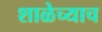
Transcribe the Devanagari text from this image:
शाळेच्याच